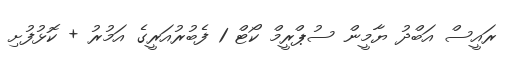
ރައީސް އަބްދު ޔާމީން ސުޕްރީމް ކޯޓް 1 ފެބުރުއަރީގެ އަމުރު + ކޮޅުފުށި